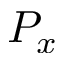
P _ { x }